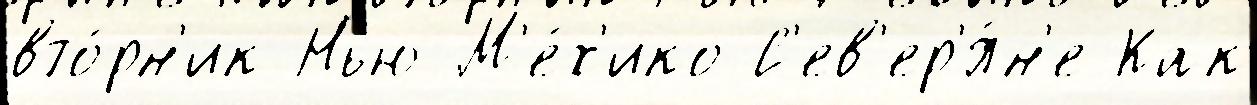
вто́рн'ик Нью-М'е́х'ико С'ев'ер'я́н'е Как